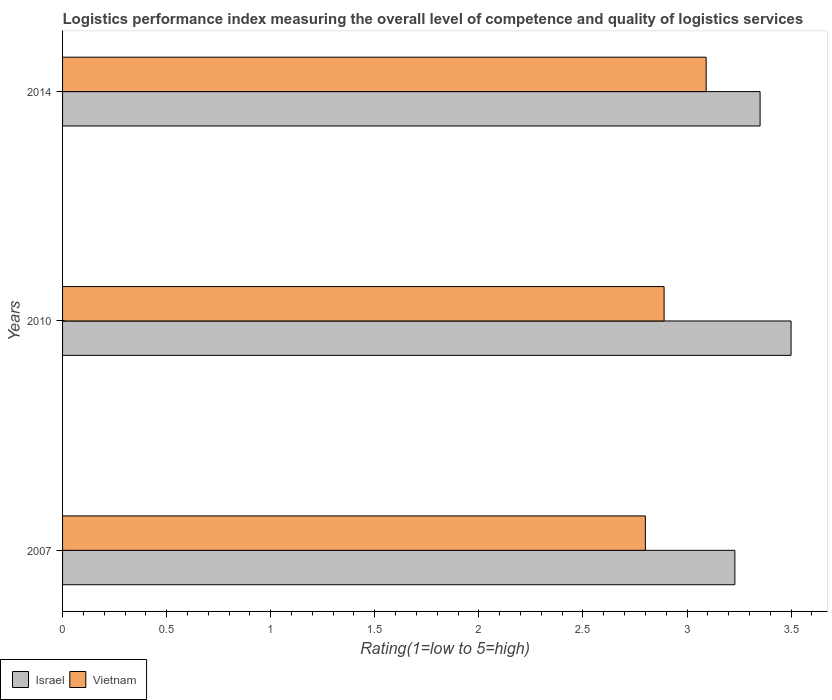
| Years | Israel | Vietnam |
 | --- | --- | --- |
 | 2007 | 3.23 | 2.8 |
 | 2010 | 3.5 | 2.89 |
 | 2014 | 3.35 | 3.09 |